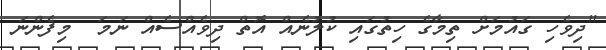
"ދިވެހި ގައުމަށް ތިމާގެ ހިތުގައި ކުލުނެއް އޮތް ދިވެއްސެއް ނަމަ  މިފެންނަ